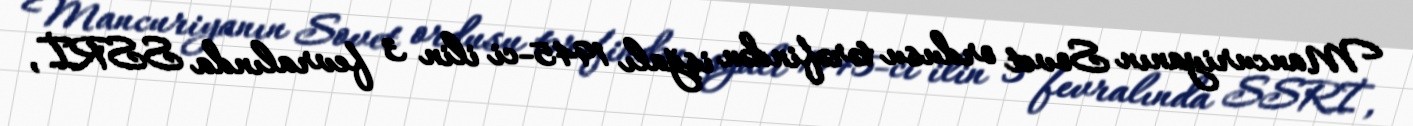
Mancuriyanın Sovet ordusu tərəfindən işğalı 1945-ci ilin 3 fevralında SSRİ,